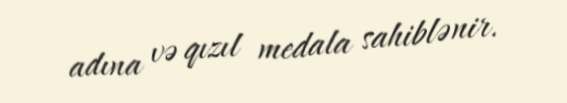
adına və qızıl medala sahiblənir.